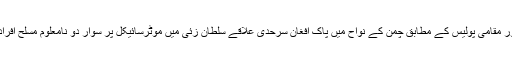
اسسٹنٹ کمشنر چمن سید سمیع آغا اور مقامی پولیس کے مطابق چمن کے نواح میں پاک افغان سرحدی علاقے سلطان زئی میں موٹرسائیکل پر سوار دو نامعلوم مسلح افراد نے خواتین ورکروں کو نشانہ بنایا۔